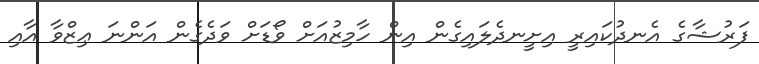
ފަރުޝާގެ އެނދުކައިރީ އިށީނދެލައިގެން އިން ހާމިޒުއަށް ވޯޑަށް ވަދެގެން އަންނަ ޢިޒްވާ އާއި